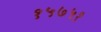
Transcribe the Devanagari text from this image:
१५७५१